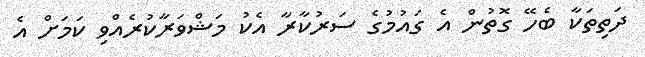
ދަތިތަކާ ބެހޭ ގޮތުން އެ ގައުމުގެ ސަރުކާރާ އެކު މަޝްވަރާކުރެއްވި ކަމަށް އެ